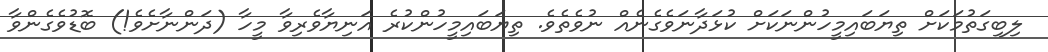
ލިބިގަތުމަކަށް ތިޔަބައިމީހުންނަކަށް ކުޅަދާނަވެގެނެއް ނުވެތެވެ. ތިޔަބައިމީހުންކުރެ އަނިޔާވެރިވާ މީހާ (ދަންނާށެވެ!) ބޮޑުވެގެންވާ